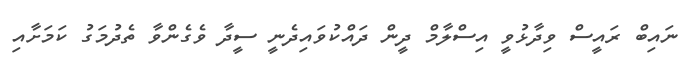
ނައިބް ރައީސް ވިދާޅުވީ އިސްލާމް ދީން ދައްކުވައިދެނީ ސީދާ ވެގެންވާ ތެދުމަގު ކަމަށާއި